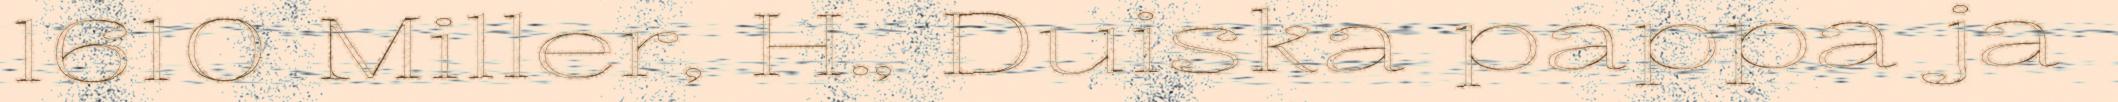
1610 Miller, H., Duiska pappa ja